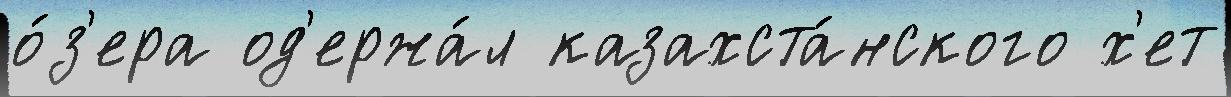
о́з'ера од'ержа́л казахста́нского х'ет